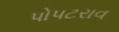
પોપટરાવ